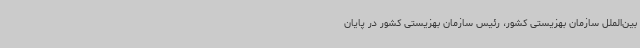
بین‌الملل سازمان بهزیستی کشور، رئیس سازمان بهزیستی کشور در پایان